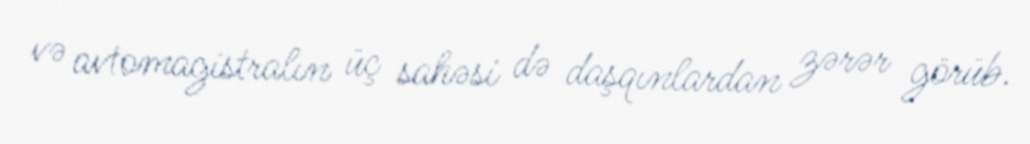
və avtomagistralın üç sahəsi də daşqınlardan zərər görüb.